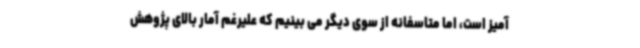
آمیز است، اما متاسفانه از سوی دیگر می بینیم که علیرغم آمار بالای پژوهش